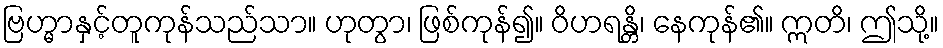
ဗြဟ္မာနှင့်တူကုန်သည်သာ။ ဟုတွာ၊ ဖြစ်ကုန်၍။ ဝိဟရန္တိ၊ နေကုန်၏။ ဣတိ၊ ဤသို့။